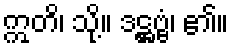
ဣတိ၊ သို့။ ဒဋ္ဌဗ္ဗံ၊ ၏။